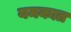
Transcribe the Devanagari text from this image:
यमकात